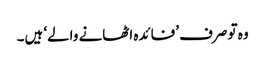
وہ تو صرف ’فائدہ اٹھانے والے‘ ہیں۔